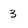
Character: 3